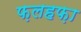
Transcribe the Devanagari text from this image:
फ़लहफ़ा